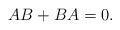
LaTeX: \begin{align*}AB+BA=0. \end{align*}